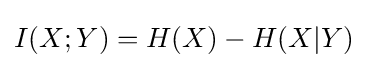
I(X;Y)=H(X)-H(X|Y)